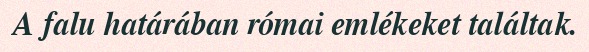
A falu határában római emlékeket találtak.